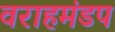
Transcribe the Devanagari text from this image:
वराहमंडप